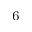
_ 6